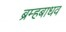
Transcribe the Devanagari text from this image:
ब्रम्हबाधव